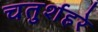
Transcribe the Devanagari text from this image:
चतुर्शहरे